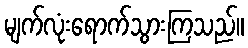
မျက်လုံးရောက်သွားကြသည်။